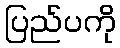
ပြည်ပကို